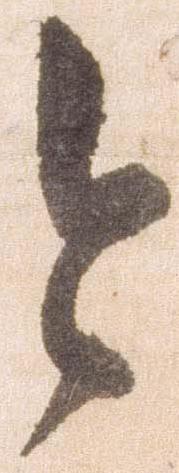
今